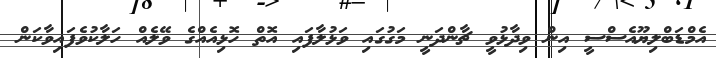
އެމްޑަބްލިޔޫއެސްސީ އިން ވިދާޅުވީ ޗާންދަނީ މަގުގައި ވަޅުލާފައި އޮތް ހޮޅިއެއްގެ ވޭލެއް ހަލާކުވެފައިވާކަން